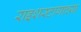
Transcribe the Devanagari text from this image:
राइशस्टागाच्या